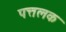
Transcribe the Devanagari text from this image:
पत्तलक